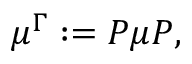
\boldsymbol { \mu } ^ { \Gamma } : = \boldsymbol { P } \boldsymbol { \mu } \boldsymbol { P } ,